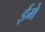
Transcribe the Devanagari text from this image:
ईमे